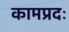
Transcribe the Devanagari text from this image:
कामप्रदः